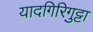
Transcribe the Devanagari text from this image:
यादगिरिगुट्टा